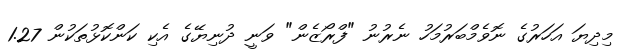
މިދިޔަ އަހަރުގެ ނޮވެމްބަރުމަހު ނެރުނު "ފްރޯޒެން" ވަނީ ދުނިޔޭގެ އެކި ކަންކޮޅުތަކުން 1.27